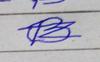
Signature authenticity: forged